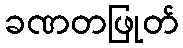
ခဏတဖြုတ်